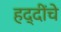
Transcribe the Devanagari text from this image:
हद्दींचे